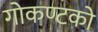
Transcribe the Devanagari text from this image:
गोकण्टको